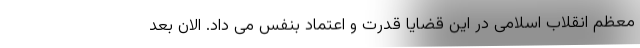
معظم انقلاب اسلامی در این قضایا قدرت و اعتماد بنفس می داد. الان بعد